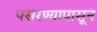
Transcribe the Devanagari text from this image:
पसरण्यापासून